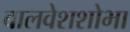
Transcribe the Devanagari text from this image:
बालवेशशोभा